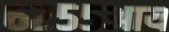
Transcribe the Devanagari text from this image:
६२५५आय